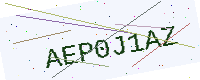
Text: AEP0J1AZ